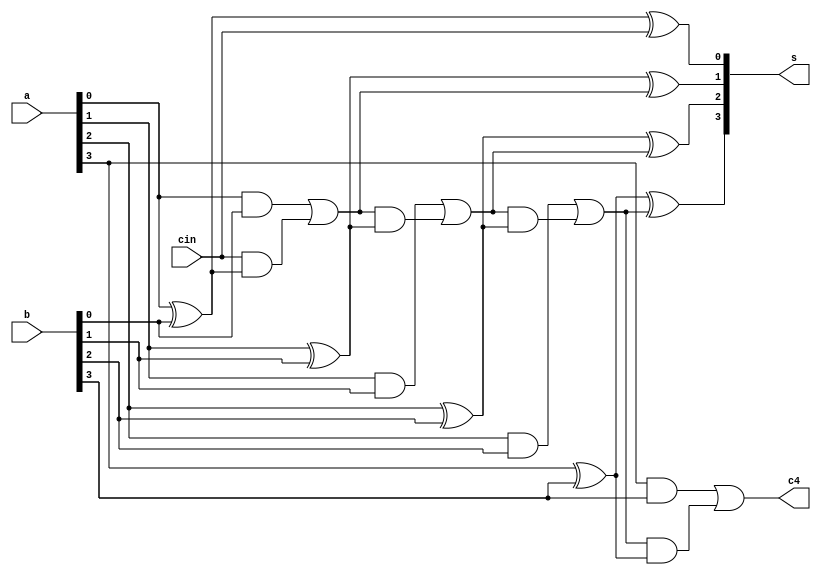
`timescale 1ns / 1ps

module inv(
    input[3:0] a,b,
    input cin,
    output[3:0] s, 
    output c4
    );
    
    wire c1,c2,c3;
    

assign s[0]=a[0]^b[0]^cin;
assign c1=(a[0]&b[0])|(cin&(a[0]^b[0]));
assign s[1]=a[1]^b[1]^c1;
assign c2=(a[1]&b[1])|(c1&(a[1]^b[1]));
assign s[2]=a[2]^b[2]^c2;
assign c3=(a[2]&b[2])|(c2&(a[2]^b[2]));
assign s[3]=a[3]^b[3]^c3;
assign c4=(a[3]&b[3])|(c3&(a[3]^b[3]));
    
endmodule